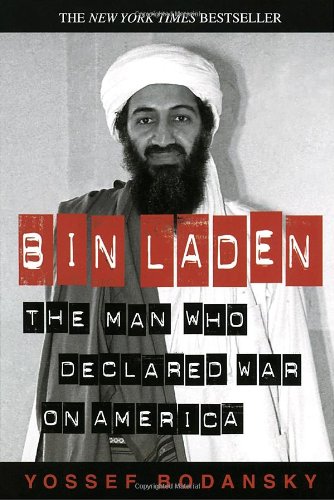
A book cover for Bin Laden: The Man Who Declared War on America; Yossef Bodansky; History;